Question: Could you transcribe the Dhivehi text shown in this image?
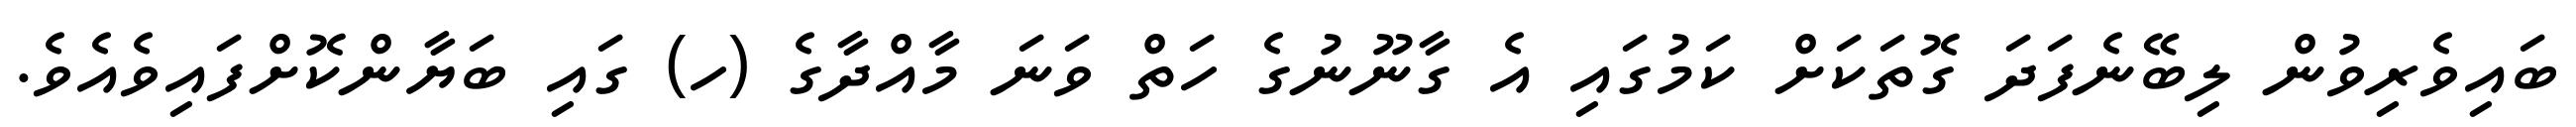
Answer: ބައިވެރިވުން ލިބޭނެފަދަ ގޮތަކަށް ކަމުގައި އެ ގާނޫނުގެ ހަތް ވަނަ މާއްދާގެ (ހ) ގައި ބަޔާންކޮށްފައިވެއެވެ.